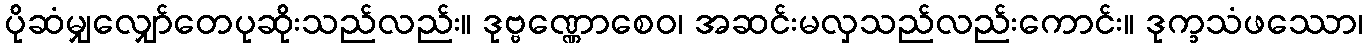
ပိုဆံမျှလျှော်တေပုဆိုးသည်လည်း။ ဒုဗ္ဗဏ္ဏောစေဝ၊ အဆင်းမလှသည်လည်းကောင်း။ ဒုက္ခသံဖဿော၊